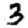
Digit: 3